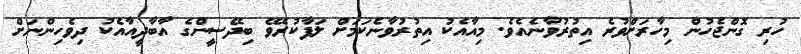
ހުރި ގޮންޖެހުން މިހާރަށްވުރެ އިތުރުވާނެއެވެ. މިއާއެކު އިތުރުވާނެކަމަށް ލަފާކުރެވޭ ބިދޭސީންގެ އާބާދީއާއެކު ދިވެހިންނަށް